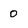
Character: 0